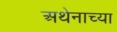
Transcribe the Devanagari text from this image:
अथेनाच्या